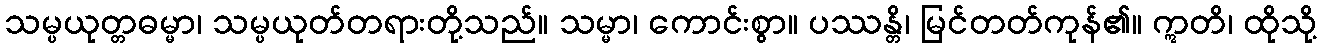
သမ္ပယုတ္တဓမ္မာ၊ သမ္ပယုတ်တရားတို့သည်။ သမ္မာ၊ ကောင်းစွာ။ ပဿန္တိ၊ မြင်တတ်ကုန်၏။ ဣတိ၊ ထိုသို့